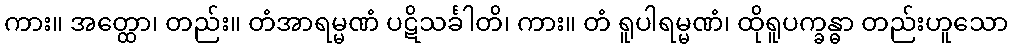
ကား။ အတ္ထော၊ တည်း။ တံအာရမ္မဏံ ပဋိသင်္ခါတိ၊ ကား။ တံ ရူပါရမ္မဏံ၊ ထိုရူပက္ခန္ဓာ တည်းဟူသော